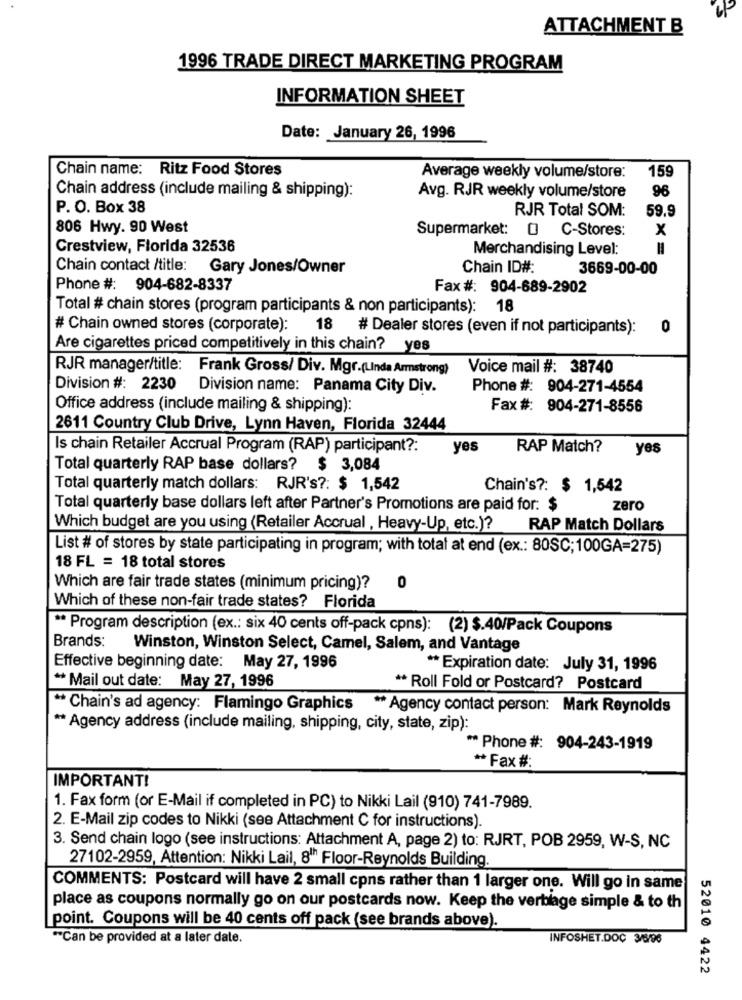
ATTACHMENT B
1996 TRADE DIRECT MARKETING PROGRAM
INFORMATION SHEET
Date: January 26, 1996
Chain name: Ritz Food Stores
159
Average weekly volume/store:
96
Chain address (include mailing & shipping):
Avg. RJR weekly volume/store
P. O. Box 38
RJR Total SOM:
59.9
806 Hwy. 90 West
Supermarket: 0 C-Stores:
x
Crestview, Florida 32536
Merchandising Level:
=
Chain contact /title:
Gary Jones/Owner
Chain ID#:
3669-00-00
Phone #: 904-682-8337
Fax #: 904-689-2902
Total # chain stores (program participants & non participants): 18
# Chain owned stores (corporate): 18 # Dealer stores (even if not participants):
0
Are cigarettes priced competitively in this chain? yes
RJR manager/title: Frank Gross/ Div. Mgr.(LInda Armstrong)
Voice mail #: 38740
Division #: 2230 Division name: Panama City Div.
Phone #: 904-271-4554
Office address (include mailing & shipping):
Fax #: 904-271-8556
2611 Country Club Drive, Lynn Haven, Florida 32444
Is chain Retailer Accrual Program (RAP) participant ?:
yes
RAP Match?
yes
Total quarterly RAP base dollars? $ 3,084
Total quarterly match dollars: RJR's ?: $ 1,542
Chain's ?: $ 1,542
Total quarterly base dollars left after Partner's Promotions are paid for: $
zero
Which budget are you using (Retailer Accrual , Heavy-Up, etc.)? RAP Match Dollars
List # of stores by state participating in program; with total at end (ex .: 80SC;100GA=275)
18 FL = 18 total stores
Which are fair trade states (minimum pricing)?
0
Which of these non-fair trade states? Florida
** Program description (ex .: six 40 cents off-pack cpns): (2) $.40/Pack Coupons
Brands:
Winston, Winston Select, Camel, Salem, and Vantage
Effective beginning date: May 27, 1996
** Expiration date: July 31, 1996
** Mail out date: May 27, 1996
** Roll Fold or Postcard? Postcard
** Chain's ad agency: Flamingo Graphics ** Agency contact person: Mark Reynolds
** Agency address (include mailing, shipping, city, state, zip):
** Phone #: 904-243-1919
** Fax #:
IMPORTANT!
1. Fax form (or E-Mail if completed in PC) to Nikki Lail (910) 741-7989.
2. E-Mail zip codes to Nikki (see Attachment C for instructions).
3. Send chain logo (see instructions: Attachment A, page 2) to: RJRT, POB 2959, W-S, NC
27102-2959, Attention: Nikki Lail, 81h Floor-Reynolds Building.
COMMENTS: Postcard will have 2 small cpns rather than 1 larger one. Will go in same
place as coupons normally go on our postcards now. Keep the verblage simple & to th
point. Coupons will be 40 cents off pack (see brands above).
"Can be provided at a later date.
INFOSHET.DOÇ 3/6/96
52010 4422